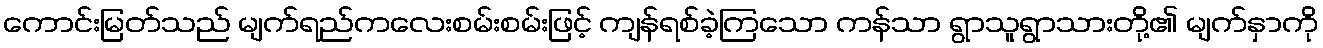
ကောင်းမြတ်သည် မျက်ရည်ကလေးစမ်းစမ်းဖြင့် ကျန်ရစ်ခဲ့ကြသော ကန်သာ ရွာသူရွာသားတို့၏ မျက်နှာကို